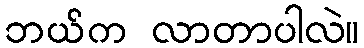
ဘယ်က လာတာပါလဲ။